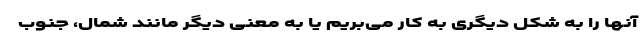
آنها را به شکل دیگری به کار می‌بریم یا به معنی دیگر مانند شمال، جنوب